King Institute of Preventive Medicine Bacteriolog. Section reports 1907-08
Year: 1907
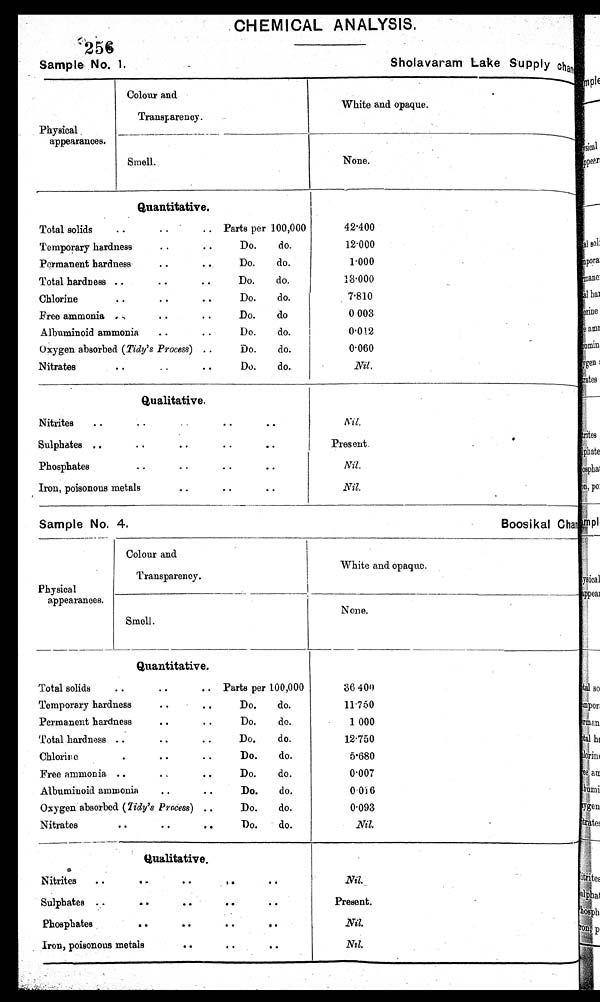
256
Sample No. 1.
Sholavaram Lake Supply
Sample No. 4.
Boosi kal
CHEMICAL ANALYSIS.
Colour and
Transf,arency.
Physical .
White and opaque.
_________
_
appearances.
Smell.
____
_
None.
.
Quantitative.
• .
Total solids. . Parts per 100,000
solids..
• •
Temporary hardness• •
Do.
do.
Permanent hardness
• •
..
Do.
do.
• •
Total hardness ..
• •
Do.
do,
Chlorine• •
..
Do.
do.
• •
• •
Free ammonia „
• •
Do.
do
• •
Albuminoid ammonia
. .Do.
do.
Oxygen absorbed (Tidy's Process) ..
Do.
do.
Nitrates
• •
..
• •
Do.
do.
1
_
42400
12.000
F000
18000
7.810
0 003
1
0.012
0.060
Nil.
Qualitative.
• •
. .
• •
• •
Nitrites
..
1
•
• •
Sulphates ..
..
• •
• •
• .
Phosphates
.. •
•
.•
•
• •
Iron, poisonous metals
..
• .
Nil.
•
Present.
Nil.
Nil.
Colour and
Transparency.
Physical
_ __
White and opaque.
appearances.
Smell.
None.
Quantitative.
• •
Total solids
• •
• . Parts per 100,000
Temporary hardness
• •
• •
Do.
do.
• •
Permanent hardness
..
Do.
do.
Total hardness ..
..
• •
Do.
do.
• •
Chlorine
• .
Do.
do.
Free ammonia ..
. ,
• •
Do.
do.
Albuminoid ammonia:
• •
• •
Do.
do.
Oxygen absorbed (7idy's Process) ..
Do.
do.
Nitrates
• •
• •
• •
Do.
do.
36 400
11.750
1 000
12.750
5.680
0.007
0.0)6
0.093
.M1.
•
—
----
Qualitative.
Nitrites
..
..
..
..
Sulphates . .
A •
• •
• •
• •
Phosphates
• •
• •
..
• •
Iron, poisonous metals
• •
• •
• •
Nil.
Present.
Nil.
Nil.